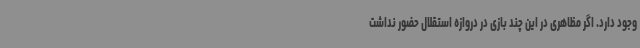
وجود دارد. اگر مظاهری در این چند بازی در دروازه استقلال حضور نداشت